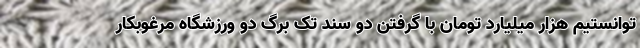
توانستیم هزار میلیارد تومان با گرفتن دو سند تک برگ دو ورزشگاه مرغوبکار